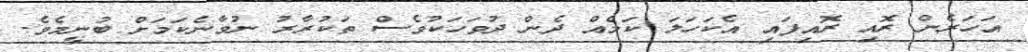
އަހަރެން ރޮއި ރޮއިފައި އެކަހަލަ ކަމެއް ދެން ދުވަހަކުވެސް ތަކުރާރު ނުވާނެކަމަށް ބުނީމެވެ.